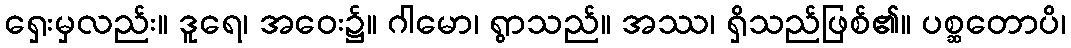
ရှေးမှလည်း။ ဒူရေ၊ အဝေး၌။ ဂါမော၊ ရွာသည်။ အဿ၊ ရှိသည်ဖြစ်၏။ ပစ္ဆတောပိ၊